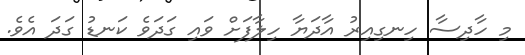
މި ހާދިސާ ހިނގިއިރު އާދަޔާ ހިލާފަށް ވައި ގަދަވެ ކަނޑު ގަދަ އެވެ.